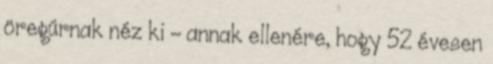
öregúrnak néz ki - annak ellenére, hogy 52 évesen